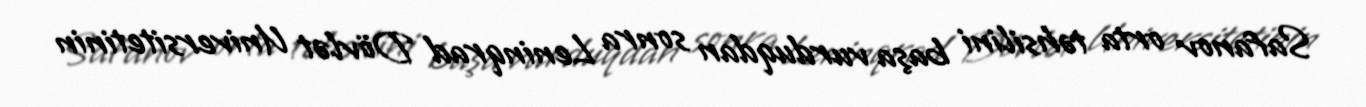
Safanov orta təhsilini başa vurduqdan sonra Leninqrad Dövlət Universitetinin